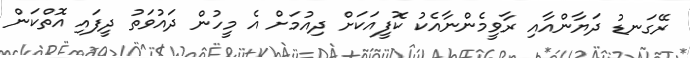
ރޭގަނޑު ދަޔާންއާއި ރާވީމެންނާއެކު ކޮފީއަކަށް ދިއުމަށް އެ މީހުން ދައުވަތު ދީފައި އޮތްކަން